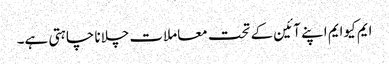
ایم کیوایم اپنے آئین کے تحت معاملات چلانا چاہتی ہے۔